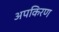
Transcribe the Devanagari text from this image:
अपकिरण